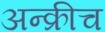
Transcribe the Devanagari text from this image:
अन्क्रीच